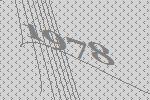
1978